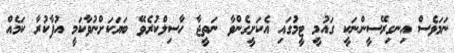
ނަމަވެސް އިނގިރޭސީންނަކީ ގައުމީ ޓީމުގައި އެކަށީގެންވާ ނަތީޖާ ހާސިލްކުރެވޭ ބަޔަކަށްނުވާކަމީ އުފާކުރާ ކަމެއް